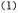
(1)